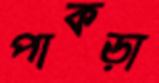
পাকড়া